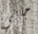
جابي